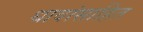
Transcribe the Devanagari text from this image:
धावांसाहित